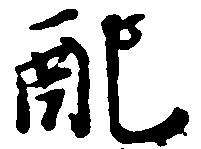
配